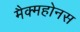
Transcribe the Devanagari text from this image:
मैक्महोनस